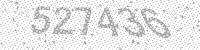
Solution: 527436